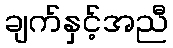
ချက်နှင့်အညီ